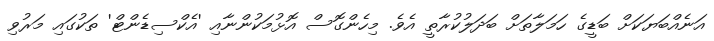
އަނެއްބަޔަކަށް ބަޑީގެ ހަމަލާތަށް ބަދަލުކުރާތީ އެވެ. މިހެންގޮސް އޮޅުމަކުންނާއި 'އެކްސިޑެންޓް' ތަކުގައި މަރުވި